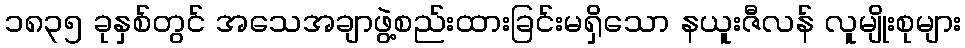
၁၈၃၅ ခုနှစ်တွင် အသေအချာဖွဲ့စည်းထားခြင်းမရှိသော နယူးဇီလန် လူမျိုးစုများ